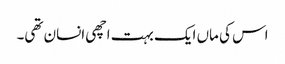
اس کی ماں ایک بہت اچھی انسان تھی۔